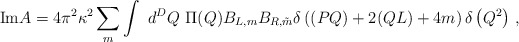
\begin{align*}\mbox{Im} A = 4\pi^{2} \kappa^{2} \sum_{m} \int~d^{D}Q~ \Pi (Q) B_{L,m} B_{R,\tilde{m}} \delta\left((PQ) + 2(QL) + 4m\right) \delta\left(Q^{2}\right) \,,\end{align*}